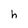
Character: h